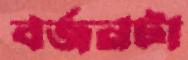
বর্জনটা